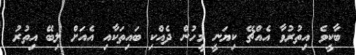
ބާކީވެ އިތުރުވާ އެއްޗޭ ކިޔަނީ މީހުން ދެއްކި ބައިތަކާއި އެއަށް ލިބޭ އިތުރު